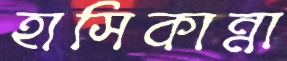
হাসিকান্না